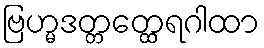
ဗြဟ္မဒတ္တတ္ထေရဂါထာ